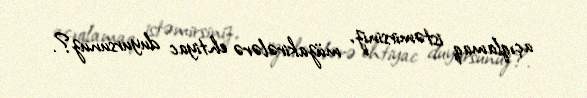
açıqlamaq istəmirsiniz, müzakirələrə ehtiyac duyursunuz?.